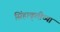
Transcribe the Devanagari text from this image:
सिंहाकृतीच्या